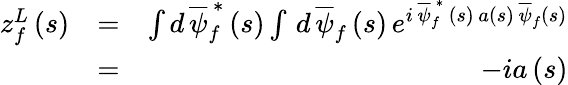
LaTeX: \begin{array}{rlr}{z_{f}^{L}\left(s\right)}&{=}&{\int d\, \overline{{\psi}}_{f}^{\, \ast}\left(s\right)\int\, d\, \overline{{\psi}}_{f}\left(s\right)\, e^{i\, \overline{{\psi}}_{f}^{\, \ast}\, \left(s\right)\, a\left(s\right)\, \overline{{\psi}}_{f}\left(s\right)}}\\ &{=}&{-ia\left(s\right)}\end{array}